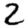
Digit: 2